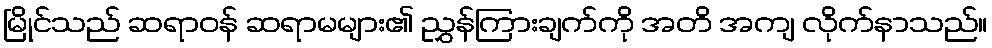
မြိုင်သည် ဆရာဝန် ဆရာမများ၏ ညွှန်ကြားချက်ကို အတိ အကျ လိုက်နာသည်။